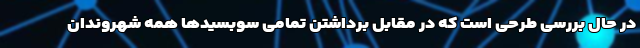
در حال بررسی طرحی است که در مقابل برداشتن تمامی سوبسیدها همه شهروندان